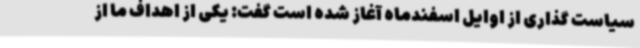
سیاست گذاری از اوایل اسفندماه آغاز شده است گفت: یکی از اهداف ما از